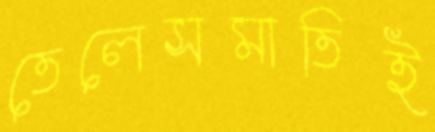
তেলেসমাতিই